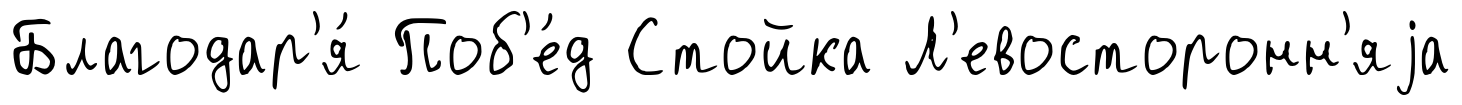
Благодар'я́ Поб'е́д Стойка Л'евосторонн'яjа